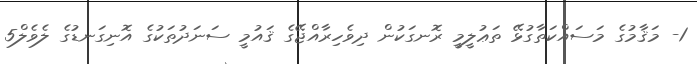
1- މަޤާމުގެ މަސައްކަތާގުޅޭ ތަޢުލީމީ ރޮނގަކުން ދިވެހިރާއްޖޭގެ ޤައުމީ ސަނަދުތަކުގެ އޮނިގަނޑުގެ ލެވެލް5